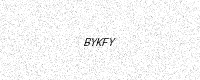
Text: BYKFY